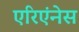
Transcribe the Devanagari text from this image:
एरिएंनेस